Rangoon Lunatic Asylum 1893-1897 - 1893-1897
Year: 1893
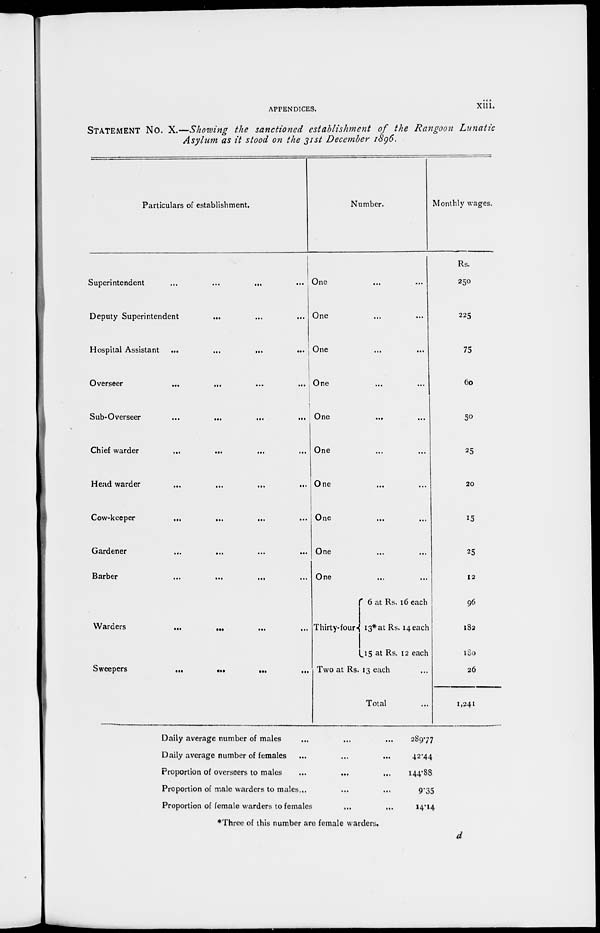
APPENDICES.
xiii.
STATEMENT No. X.—Showing the sanctioned establishment of the Rangoon Lunatic
Asylum as it stood on the 31st December 1896.
Particulars of establishment.
Superintendent
...
...
...
...
Deputy Superintendent ... ... ...
Hospital Assistant ... ... ...
Overseer ... ... ... ...
Sub-Overseer
...
...
...
...
Chief warder ... ... ... ...
Head warder ... ... ... ...
Cow-keeper ... ... ... ...
Gardener ... ... ... ...
Barber ... ... ... ...
Warders ... ... ... ...
Sweepers ... ... ... ...
Number.
One ... ...
One ... ...
One ... ...
One ... ...
One ... ...
One ... ...
One ... ...
One ... ...
One ... ...
One ... ...
Thirty-four
6 at Rs. 16 each
13* at Rs. 14 each
15 at Rs. 12 each
Two at Rs. 13 each ...
Total...
Monthly wages.
Rs.
250
225
75
60
50
25
20
15
25
12
96
182
180
26
1,241
Daily average number of males ... ... ...
Daily average number of females ... ... ...
Proportion of overseers to males ... ... ...
Proportion of male warders to males... ... ...
Proportion of female warders to females ... ...
*Three of this number are female warders.
289.77
42.44
144.88
9.35
14.14
d